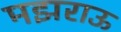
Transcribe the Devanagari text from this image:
मझराऊ